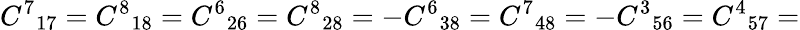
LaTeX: {C^{7}}_{17}={C^{8}}_{18}={C^{6}}_{26}={C^{8}}_{28}=-{C^{6}}_{38}={C^{7}}_{48}=-{C^{3}}_{56}={C^{4}}_{57}=